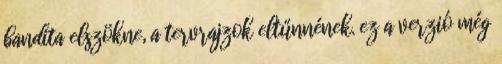
bandita elszökne, a tervrajzok eltűnnének. ez a verzió még